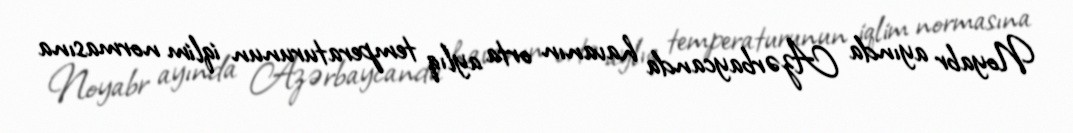
Noyabr ayında Azərbaycanda havanın orta aylıq temperaturunun iqlim normasına